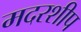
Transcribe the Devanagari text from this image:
मदरशीप